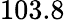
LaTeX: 103.8